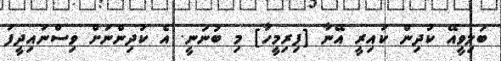
ބަލިވީއޭ ކުދިން ކައިރީ އޭނާ [ފިރިމީހާ] މި ބުނަނީ. އެ ކުދިންނަށް ވިސްނައިދީފަ